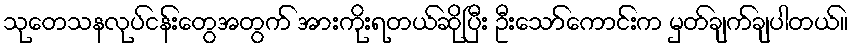
သုတေသနလုပ်ငန်းတွေအတွက် အားကိုးရတယ်ဆိုပြီး ဦးသော်ကောင်းက မှတ်ချက်ချပါတယ်။